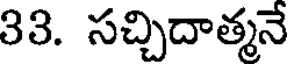
33. సచ్చిదాత్మనే